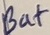
Text: Bat